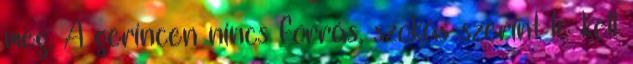
meg. A gerincen nincs forrás, szokás szerint le kell